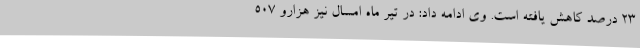
23 درصد کاهش یافته است. وی ادامه داد: در تیر ماه امسال نیز هزارو 507